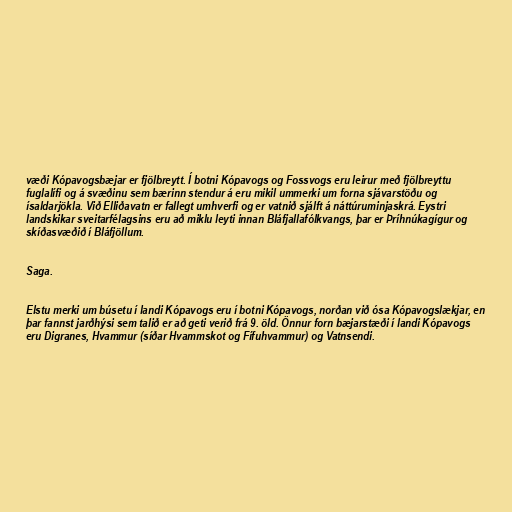
væði Kópavogsbæjar er fjölbreytt. Í botni Kópavogs og Fossvogs eru leirur með fjölbreyttu
fuglalífi og á svæðinu sem bærinn stendur á eru mikil ummerki um forna sjávarstöðu og
ísaldarjökla. Við Elliðavatn er fallegt umhverfi og er vatnið sjálft á náttúruminjaskrá. Eystri
landskikar sveitarfélagsins eru að miklu leyti innan Bláfjallafólkvangs, þar er Þríhnúkagígur og
skíðasvæðið í Bláfjöllum.

Saga.

Elstu merki um búsetu í landi Kópavogs eru í botni Kópavogs, norðan við ósa Kópavogslækjar, en
þar fannst jarðhýsi sem talið er að geti verið frá 9. öld. Önnur forn bæjarstæði í landi Kópavogs
eru Digranes, Hvammur (síðar Hvammskot og Fífuhvammur) og Vatnsendi.